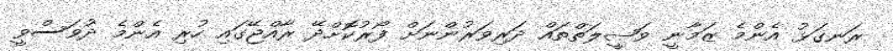
ރަނގަޅު އެންމެ ޒަމާނީ ވަޞީލަތްތައް ދަރިވަރުންނަށް ފޯރުކޮށްދޭ ރާއްޖޭގައި ހުރި އެންމެ ދުވަސްވީ